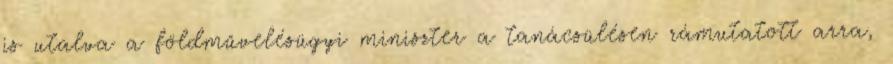
is utalva a földművelésügyi miniszter a tanácsülésen rámutatott arra,